Investigations on Bengal jail dietaries - Number 37
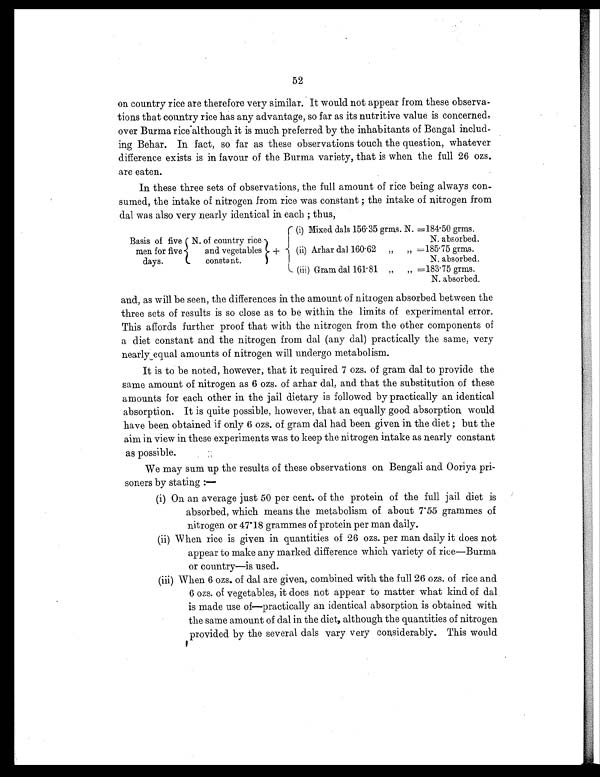
52
on country rice are therefore very similar. It would not appear from these observa-
tions that country rice has any advantage, so far as its nutritive value is concerned,
over Burma rice althoughit is much preferred by the inhabitants of Bengal includ-
ing Behar. In fact, so far as these observations touch the question, whatever
difference exists is in favour of the Burma variety, that is when the full 26 ozs.
are eaten.
In these three sets of observations, the full amount of rice being always con-
sumed, the intake of nitrogen from rice was constant ; the intake of nitrogen from
dal was also very nearly identical in each ; thus,
Basis of five
men for five
days.
N. of country rice
and vegetables
constant.
+
(i) Mixed dals 156.35 grms. N. =184.50g r m s .
N. absorbed.
(ii) Arhar dal 160.62
„
„ =185.75g r m s .
N. absorbed.
(iii) Gram dal 161.81 ”
„ =183.75 grms.
N. absorbed.
and, as will be seen, the differences in the amount of nitrogen absorbed between the
three sets of results is so close as to be within the limits of experimental error.
This affords further proof that with the nitrogen from the other components of
a diet constant and the nitrogen from dal (any dal) practically the same, very
nearly, equal amounts of nitrogen will undergo metabolism.
It is to be noted, however, that it required 7 ozs. of gram dal to provide the
same amount of nitrogen as 6 ozs. of arhar dal, and that the substitution of these
amounts for each other in the jail dietary is followed by practically an identical
absorption. It is quite possible, however, that an equally good absorption would
have been obtained if only 6 ozs. of gram dal had been given in the diet ; but the
aim in view in these experiments was to keep the nitrogen intake as nearly constant
as possible.
We may sum up the results of these observations on Bengali and Ooriya pri-
soners by stating :—
(i) On an average just 50 per cent. of the protein of the full jail diet is
absorbed, which means the metabolism of about 7.55 grammes of
nitrogen or 47.18 grammes of protein per man daily.
(ii) When rice is given in quantities of 26 ozs. per man daily it does not
appear to make any marked difference which variety of rice—Burma
or country—is used.
(iii) When 6 ozs. of dal are given, combined with the full 26 ozs. of rice and
6 ozs. of vegetables, it does not appear to matter what kind of dal
is made use of—practically an identical absorption is obtained with
the same amount of dal in the diet, although the quantities of nitrogen
provided by the several dais vary very considerably. This would